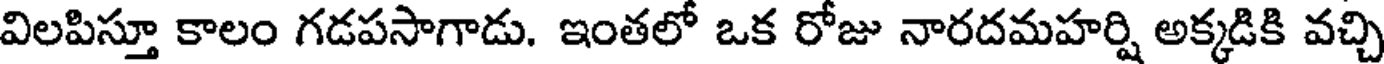
విలపిస్తూ కాలం గడపసాగాడు. ఇంతలో ఒక రోజు నారదమహర్షి అక్కడికి వచ్చి